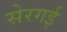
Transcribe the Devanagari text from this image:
सेरगई